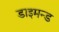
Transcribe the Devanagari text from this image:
डाइमन्ड